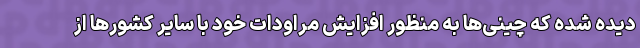
دیده شده که چینی‌ها به منظور افزایش مراودات خود با سایر کشورها از